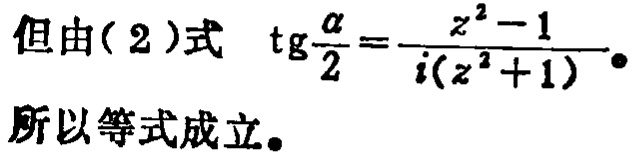
但由(2)式 $\mathrm{tg}\frac{\alpha}{2}=\frac{z^{2}-1}{i(z^{2}+1)}$。
所以等式成立。